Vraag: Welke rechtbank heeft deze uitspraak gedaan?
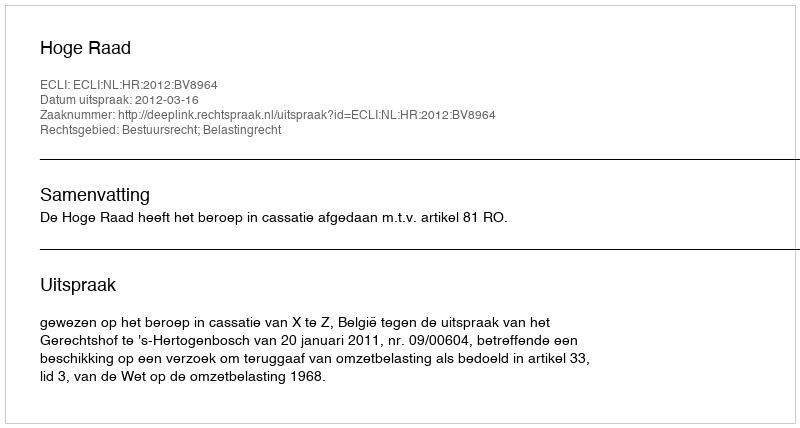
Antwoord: Hoge Raad